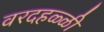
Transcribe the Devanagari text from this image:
वरदहळ्ळी